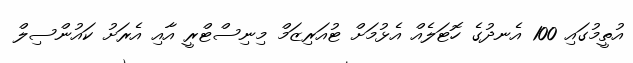
އުތީމުގައި 100 އެނދުގެ ހޮޓަލެއް އެޅުމަށް ޓުއަރިޒަމް މިނިސްޓްރީ އާއި އެރަށު ކައުންސިލް